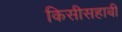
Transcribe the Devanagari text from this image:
किसीसहाबी